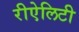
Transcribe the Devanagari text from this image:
रीऐलिटी